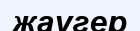
жаугер